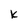
Character: k